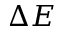
\Delta E